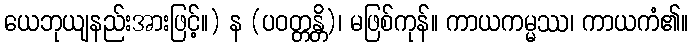
ယေဘုယျနည်းအားဖြင့်။) န (ပဝတ္တန္တိ)၊ မဖြစ်ကုန်။ ကာယကမ္မဿ၊ ကာယကံ၏။